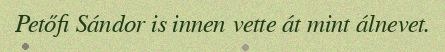
Petőfi Sándor is innen vette át mint álnevet.